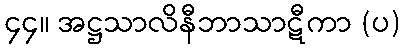
၄၄။ အဋ္ဌသာလိနီဘာသာဋီကာ (ပ)